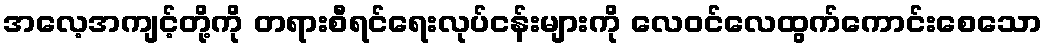
အလေ့အကျင့်တို့ကို တရားစီရင်ရေးလုပ်ငန်းများကို လေဝင်လေထွက်ကောင်းစေသော